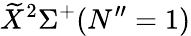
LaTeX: \widetilde{X}^{2}\Sigma^{+}(N^{\prime\prime}=1)